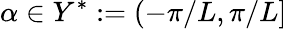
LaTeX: \alpha\in Y^{*}:=(-\pi/L,\pi/L]